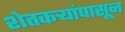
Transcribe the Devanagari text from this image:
शेतकऱ्यांपासून